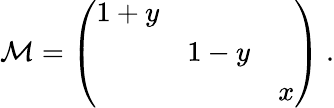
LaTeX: {\cal M}=\left(\begin{array}{ccc}{{1+y}}&{{}}&{{}}\\ {{}}&{{1-y}}&{{}}\\ {{}}&{{}}&{{x}}\end{array}\right)\ .